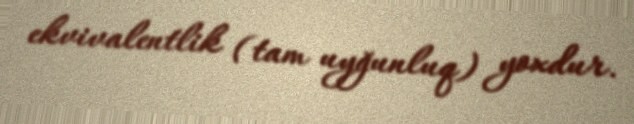
ekvivalentlik (tam uyğunluq) yoxdur.